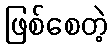
ဖြစ်စေတဲ့